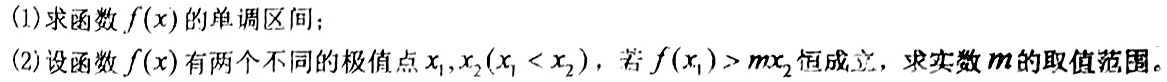
(1)求函数$f(x)$的单调区间；
(2)设函数$f(x)$有两个不同的极值点$x_1,x_2(x_1 < x_2)$，若$f(x_1)>mx_2$恒成立，求实数$m$的取值范围。